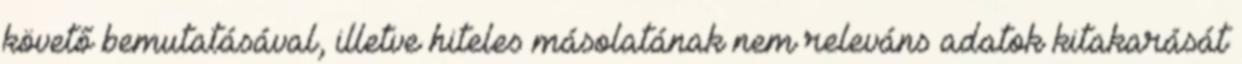
követő bemutatásával, illetve hiteles másolatának nem releváns adatok kitakarását